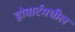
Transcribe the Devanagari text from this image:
होबार्टमधील